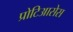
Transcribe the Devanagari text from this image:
प्रोटिआसेस